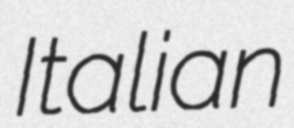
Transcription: Italian